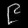
Digit: ၉